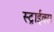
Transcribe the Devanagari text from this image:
स्ट्राईक्स